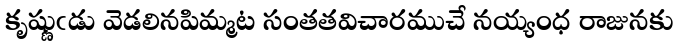
కృష్ణుఁడు వెడలినపిమ్మట సంతతవిచారముచే నయ్యంధ రాజునకు